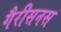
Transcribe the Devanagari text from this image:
गैरीसनस